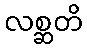
လစ္ဆတိ